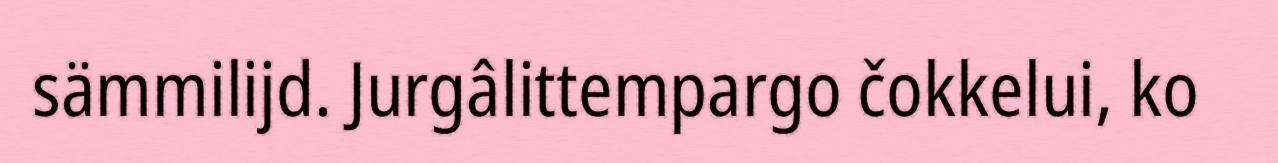
sämmilijd. Jurgâlittempargo čokkelui, ko